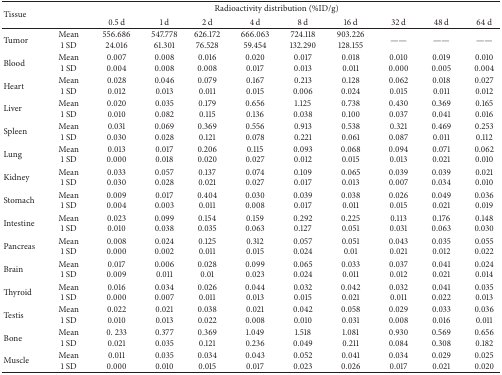
<table><thead><tr><td rowspan="2"><b>Tissue</b></td><td colspan="10"><b> Radioactivity distribution (%ID/g)</b></td></tr><tr><td><b> </b></td><td><b>0.5 d</b></td><td><b>1 d</b></td><td><b>2 d</b></td><td><b>4 d</b></td><td><b>8 d</b></td><td><b>16 d</b></td><td><b>32 d</b></td><td><b>48 d</b></td><td><b>64 d</b></td></tr></thead><tbody><tr><td>Tumor</td><td>Mean1 SD</td><td>556.68624.016</td><td>547.77861.301</td><td>626.17276.528</td><td>666.06359.454</td><td>724.118132.290</td><td>903.226128.155</td><td>——</td><td>——</td><td>——</td></tr><tr><td>Blood</td><td>Mean1 SD</td><td>0.0070.004</td><td>0.0080.008</td><td>0.0160.008</td><td>0.0200.017</td><td>0.0170.013</td><td>0.0180.011</td><td>0.0100.000</td><td>0.0190.005</td><td>0.0100.004</td></tr><tr><td>Heart</td><td>Mean1 SD</td><td>0.0280.012</td><td>0.0460.013</td><td>0.0790.011</td><td>0.1670.015</td><td>0.2130.006</td><td>0.1280.024</td><td>0.0620.015</td><td>0.0180.011</td><td>0.0270.012</td></tr><tr><td>Liver</td><td>Mean1 SD</td><td>0.0200.010</td><td>0.0350.082</td><td>0.1790.115</td><td>0.6560.136</td><td>1.1250.038</td><td>0.7380.100</td><td>0.4300.037</td><td>0.3690.041</td><td>0.1650.016</td></tr><tr><td>Spleen</td><td>Mean1 SD</td><td>0.0310.030</td><td>0.0690.028</td><td>0.3690.121</td><td>0.5560.078</td><td>0.9130.221</td><td>0.5380.061</td><td>0.3210.087</td><td>0.4690.011</td><td>0.2530.112</td></tr><tr><td>Lung</td><td>Mean1 SD</td><td>0.0130.000</td><td>0.0170.018</td><td>0.2060.020</td><td>0.1150.027</td><td>0.0930.012</td><td>0.0680.015</td><td>0.0940.013</td><td>0.0710.021</td><td>0.0620.010</td></tr><tr><td>Kidney</td><td>Mean1 SD</td><td>0.0330.030</td><td>0.0570.028</td><td>0.1370.021</td><td>0.0740.027</td><td>0.1090.017</td><td>0.0650.013</td><td>0.0390.007</td><td>0.0390.034</td><td>0.0210.010</td></tr><tr><td>Stomach</td><td>Mean1 SD</td><td>0.0090.004</td><td>0.0170.003</td><td>0.4040.011</td><td>0.0300.008</td><td>0.0390.017</td><td>0.0380.011</td><td>0.0260.015</td><td>0.0490.021</td><td>0.0360.019</td></tr><tr><td>Intestine</td><td>Mean1 SD</td><td>0.0230.010</td><td>0.0990.038</td><td>0.1540.035</td><td>0.1590.063</td><td>0.2920.127</td><td>0.2250.051</td><td>0.1130.031</td><td>0.1760.063</td><td>0.1480.030</td></tr><tr><td>Pancreas</td><td>Mean1 SD</td><td>0.0080.000</td><td>0.0240.002</td><td>0.1250.011</td><td>0.3120.015</td><td>0.0570.024</td><td>0.0510.01</td><td>0.0430.021</td><td>0.0350.012</td><td>0.0550.022</td></tr><tr><td>Brain</td><td>Mean1 SD</td><td>0.0170.009</td><td>0.0060.011</td><td>0.0280.01</td><td>0.0990.023</td><td>0.0650.024</td><td>0.0330.011</td><td>0.0370.012</td><td>0.0410.021</td><td>0.0240.014</td></tr><tr><td>Thyroid</td><td>Mean1 SD</td><td>0.0160.000</td><td>0.0340.007</td><td>0.0260.011</td><td>0.0440.013</td><td>0.0320.015</td><td>0.0420.021</td><td>0.0320.011</td><td>0.0410.022</td><td>0.0350.013</td></tr><tr><td>Testis</td><td>Mean1 SD</td><td>0.0220.010</td><td>0.0210.013</td><td>0.0380.022</td><td>0.0210.008</td><td>0.0420.010</td><td>0.0580.031</td><td>0.0290.008</td><td>0.0330.016</td><td>0.0360.011</td></tr><tr><td>Bone</td><td>Mean1 SD</td><td>0. 2330.021</td><td>0.3770.035</td><td>0.3690.121</td><td>1.0490.236</td><td>1.5180.049</td><td>1.0810.211</td><td>0.9300.084</td><td>0.5690.308</td><td>0.6560.182</td></tr><tr><td>Muscle</td><td>Mean1 SD</td><td>0.0110.000</td><td>0.0350.010</td><td>0.0340.015</td><td>0.0430.017</td><td>0.0520.023</td><td>0.0410.026</td><td>0.0340.017</td><td>0.0290.021</td><td>0.0250.020</td></tr></tbody></table>